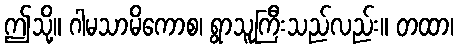
ဤသို့။ ဂါမသာမိကောစ၊ ရွာသူကြီးသည်လည်း။ တထာ၊